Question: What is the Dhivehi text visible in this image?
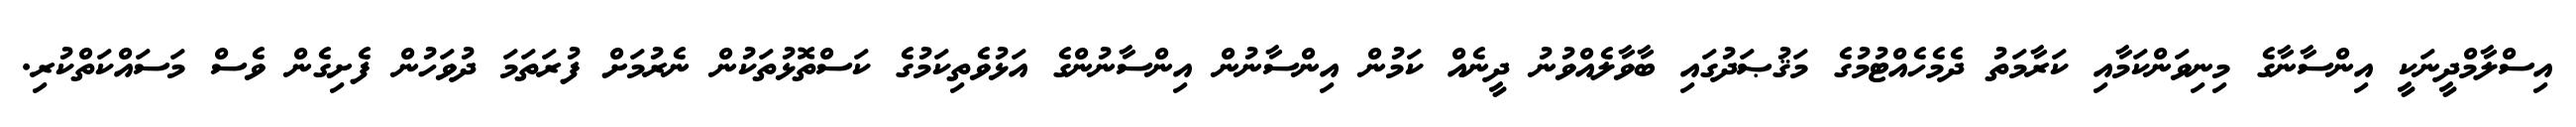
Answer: އިސްލާމްދީނަކީ އިންސާނާގެ މިނިވަންކަމާއި ކަރާމަތު ދެމެހެއްޓުމުގެ މަޤުޞަދުގައި ބާވާލެއްވުނު ދީނެއް ކަމުން އިންސާނުން އިންސާނުންގެ އަޅުވެތިކަމުގެ ކަސްތޮޅުތަކުން ނެރުމަށް ފުރަތަމަ ދުވަހުން ފެށިގެން ވެސް މަސައްކަތްކުރި.